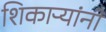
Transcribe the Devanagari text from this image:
शिकाऱ्यांनी